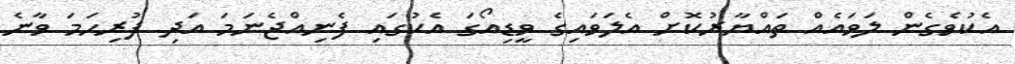
އެކުވެގެން ލަވައެއް ތައްޔާރުކޮށް އެލަވައިގެ ވީޑިއޯގަ އެކުގައި ފެނިއްޖެނަމަ އަދި ފުރިހަމަ ވާނެ